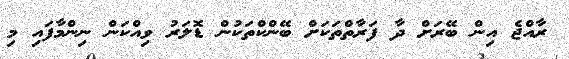
ރާއްޖެ އިން ބޭރަށް ދާ ފަރާތްތަކަށް ބޭންކްތަކުން ޑޮލަރު ވިއްކަން ނިންމާފައި މި